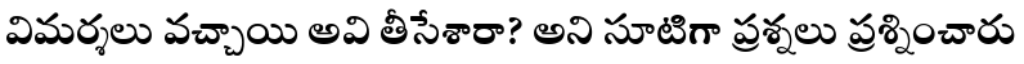
విమర్శలు వచ్చాయి అవి తీసేశారా? అని సూటిగా ప్రశ్నలు ప్రశ్నించారు